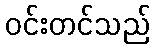
ဝင်းတင်သည်